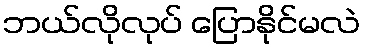
ဘယ်လိုလုပ် ပြောနိုင်မလဲ